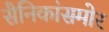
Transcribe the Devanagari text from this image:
सैनिकांसमोर